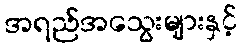
အရည်အသွေးများနှင့်